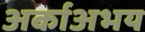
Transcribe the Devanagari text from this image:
अर्काअभय